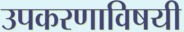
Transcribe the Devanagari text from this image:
उपकरणाविषयी